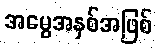
အမွေအနှစ်အဖြစ်